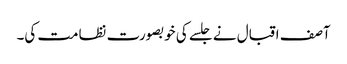
آصف اقبال نے جلسے کی خوبصورت نظامت کی۔